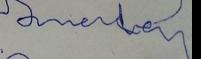
Signature authenticity: forged